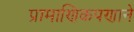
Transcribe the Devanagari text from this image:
प्रामाणिकपणाने